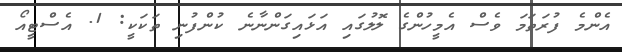
އެންމެ ފުރަތަމަ ވެސް އެމީހުންގެ ލޮލުގައި އަޅައިގަންނާނެ ކުންފުނި ތަކަކީ: 1. އެސްޓީއޯ